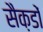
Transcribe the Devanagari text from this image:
सैक़डों